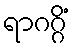
ရာဂဂ္ဂိံ